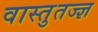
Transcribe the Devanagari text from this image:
वास्तुतज्ज्ञ